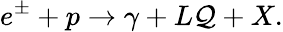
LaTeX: e^{\pm}+p\rightarrow\gamma+L\mathcal{Q}+X.